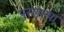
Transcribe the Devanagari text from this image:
पुरलेल्या